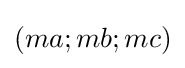
(ma;mb;mc)